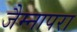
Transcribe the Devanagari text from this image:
जैम्नापरा